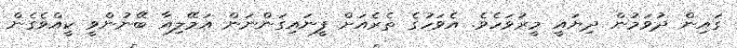
ގައިން ދުވަމުން ދިޔައީ މީރުވަހެވެ. އެވަހުގެ ތެރެއަށް ފީނައިގަންނަން އަމޭލިއާ ބޭނުންވީ ކީއްވެގެން